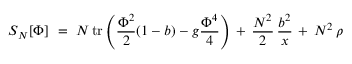
S _ { N } [ \Phi ] \ = \ N \, \mathrm { t r } \left( { \frac { \Phi ^ { 2 } } { 2 } } ( 1 - b ) - g { \frac { \Phi ^ { 4 } } { 4 } } \right) \, + \, { \frac { N ^ { 2 } } { 2 } } \, { \frac { b ^ { 2 } } { x } } \, + \, N ^ { 2 } \, \rho